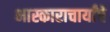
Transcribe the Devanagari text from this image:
भास्काराचार्यांचे